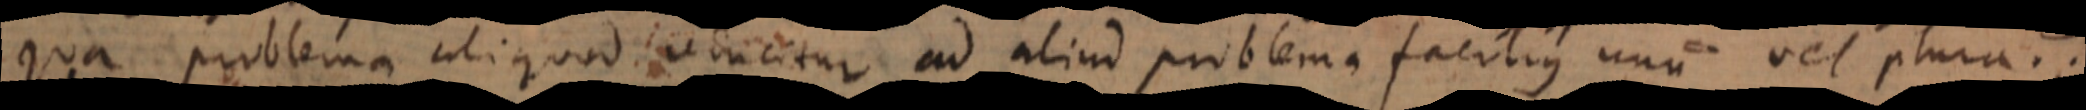
qua problema aliquod reducitur ad aliud problema facilius unum vel plura;